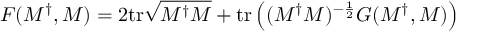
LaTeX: F ( M ^ { \dag } , M ) = 2 \mathrm { t r } \sqrt { M ^ { \dag } M } + \mathrm { t r } \left( ( M ^ { \dag } M ) ^ { - { \frac { 1 } { 2 } } } G ( M ^ { \dag } , M ) \right)